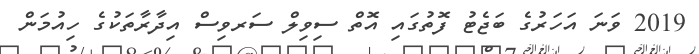
2019 ވަނަ އަހަރުގެ ބަޖެޓު ފޮތުގައި އޮތް ސިވިލް ސަރވިސް އިދާރާތަކުގެ ހިއުމަން